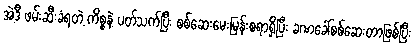
အဲ့ဒီ ဖမ်းဆီးခံရတဲ့ ကိစ္စနဲ့ ပတ်သက်ပြီး စစ်ဆေးမေးမြန်းစရာရှိပြီး ခဏခေါ်စစ်ဆေးတာဖြစ်ပြီး